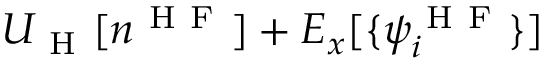
U _ { \mathrm { ~ H ~ } } [ n ^ { \mathrm { ~ H ~ F ~ } } ] + E _ { x } [ \{ \psi _ { i } ^ { \mathrm { ~ H ~ F ~ } } \} ]